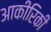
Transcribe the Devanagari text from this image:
आकीरिकी